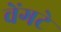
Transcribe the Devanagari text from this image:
वेंगटे